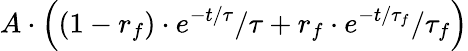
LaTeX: A\cdot\left((1-r_{f})\cdot{e^{{-t}/{\tau}}}/{\tau}+r_{f}\cdot{e^{{-t}/{\tau_{f}}}/}{\tau_{f}}\right)